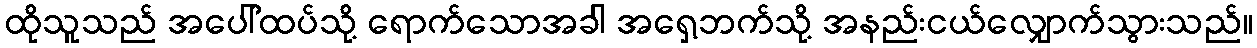
ထိုသူသည် အပေါ်ထပ်သို့ ရောက်သောအခါ အရှေ့ဘက်သို့ အနည်းငယ်လျှောက်သွားသည်။